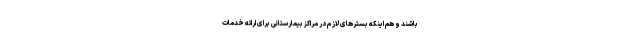
باشند و هم اینکه بسترهای لازم در مراکز بیمارستانی برای ارائه خدمات